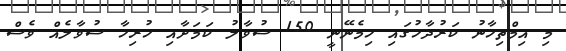
މި އިމްތިހާނު ކަރުދާހުގައި ހިމެނޭނީ 150 ސުވާލު ކަމަށާއި ހުރިހާ ސުވާލެއް ވެސް